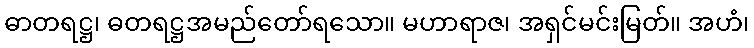
ဓာတရဋ္ဌ၊ ဓတရဋ္ဌအမည်တော်ရသော။ မဟာရာဇ၊ အရှင်မင်းမြတ်။ အဟံ၊